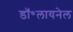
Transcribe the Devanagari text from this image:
डॉ॰लायनेल